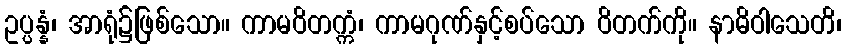
ဥပ္ပန္နံ၊ အာရုံ၌ဖြစ်သော။ ကာမဝိတက္ကံ၊ ကာမဂုဏ်နှင့်စပ်သော ဝိတက်ကို။ နာဓိဝါသေတိ၊